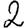
Digit: 2